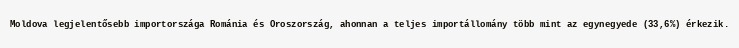
Moldova legjelentősebb importországa Románia és Oroszország, ahonnan a teljes importállomány több mint az egynegyede (33,6%) érkezik.